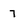
Character: 7